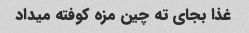
غذا بجای ته چین مزه کوفته میداد